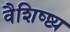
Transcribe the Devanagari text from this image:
वैशिष्ष्ट्य